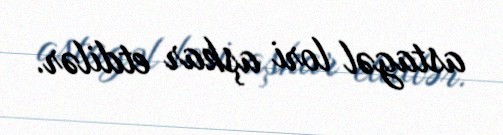
astagəl lori aşkar etdilər.